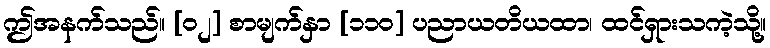
ဤအနက်သည်။ [၀၂] စာမျက်နှာ [၁၁၀] ပညာယတိယထာ၊ ထင်ရှားသကဲ့သို့။